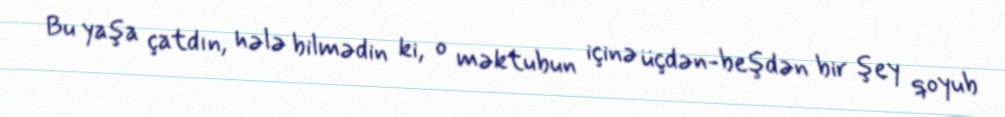
Bu yaşa çatdın, hələ bilmədin ki, o məktubun içinə üçdən-beşdən bir şey qoyub